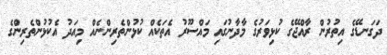
ދަގަނޑޭގެ އިތުރުން ރާއްޖޭގެ ކުޅިވަރުގެ މާދާނުގައި މައްސޫރު އެތަކެއް ކުޅުންތެރިންނެއް މިއަދު އެކުޅުންތެރިންގެ